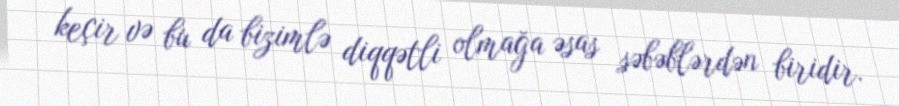
keçir və bu da bizimlə diqqətli olmağa əsas səbəblərdən biridir.